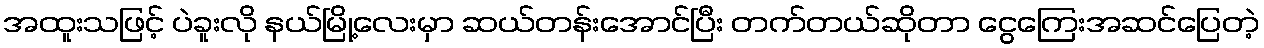
အထူးသဖြင့် ပဲခူးလို နယ်မြို့လေးမှာ ဆယ်တန်းအောင်ပြီး တက်တယ်ဆိုတာ ငွေကြေးအဆင်ပြေတဲ့